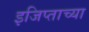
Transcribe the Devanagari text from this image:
इजिप्ताच्या